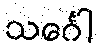
သင်္ဂေါ